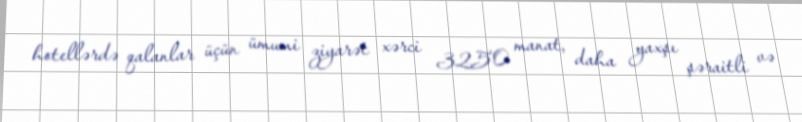
hotellərdə qalanlar üçün ümumi ziyarət xərci 3250 manat, daha yaxşı şəraitli və